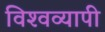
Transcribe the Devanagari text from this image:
विश्‍वव्‍यापी